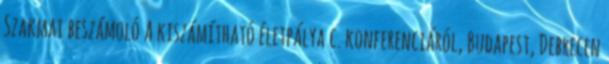
Szakmai beszámoló A kiszámítható életpálya c. konferenciáról, Budapest, Debrecen